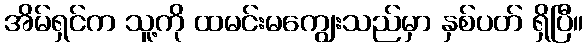
အိမ်ရှင်က သူ့ကို ထမင်းမကျွေးသည်မှာ နှစ်ပတ် ရှိပြီ။